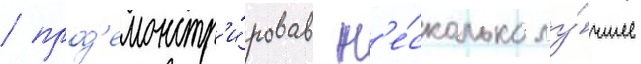
/ прод'емонстр'и́ровав н'е́сколько лу́чшее